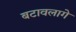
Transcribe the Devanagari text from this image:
बटावलागे